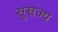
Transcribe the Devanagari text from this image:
सुसज्य